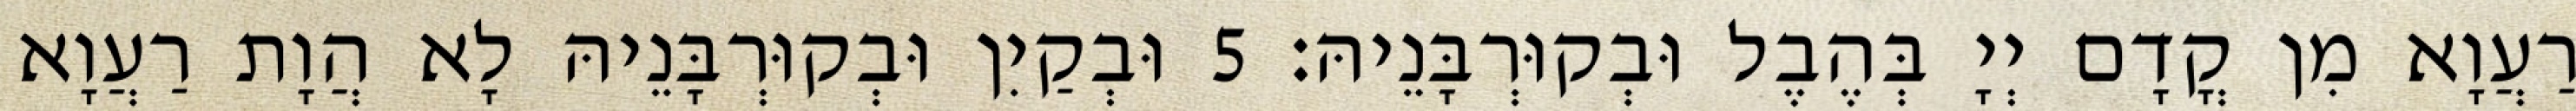
רַעֲוָא מִן קֳדָם יְיָ בְּהֶבֶל וּבְקוּרְבָּנֵיהּ׃ 5 וּבְקַיִן וּבְקוּרְבָּנֵיהּ לָא הֲוָת רַעֲוָא